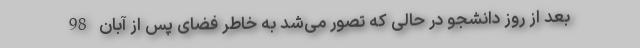
بعد از روز دانشجو در حالی که تصور می‌شد به خاطر فضای پس از آبان 98